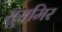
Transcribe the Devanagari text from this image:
सूसमिर